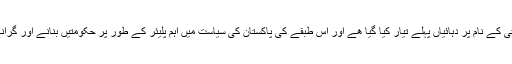
پاکستان میں شاید یہ ہی ایک واحد طبقہ ہے جسے قومی سلامتی کے نام پر دہائیاں پہلے تیار کیا گیا ھے اور اس طبقے کی پاکستان کی سیاست میں اہم پلیئر کے طور پر حکومتیں بنانے اور گرانے کی کہانیاں تاریخ کے کئی صفحات پر آج بھی محفوظ ہیں۔